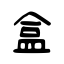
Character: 盒